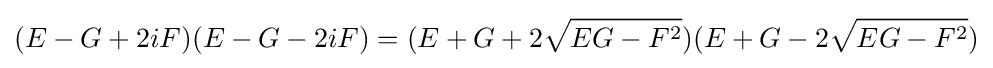
\displaystyle (E-G+2iF)(E-G-2iF)=(E+G+2{\sqrt {EG-F^{2}}})(E+G-2{\sqrt {EG-F^{2}}})